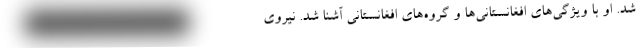
شد. او با ویژگی‌های افغانستانی‌ها و گروه‌های افغانستانی آشنا شد. نیروی